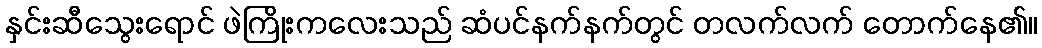
နှင်းဆီသွေးရောင် ဖဲကြိုးကလေးသည် ဆံပင်နက်နက်တွင် တလက်လက် တောက်နေ၏။